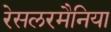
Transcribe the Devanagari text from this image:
रेसलरमैनिया